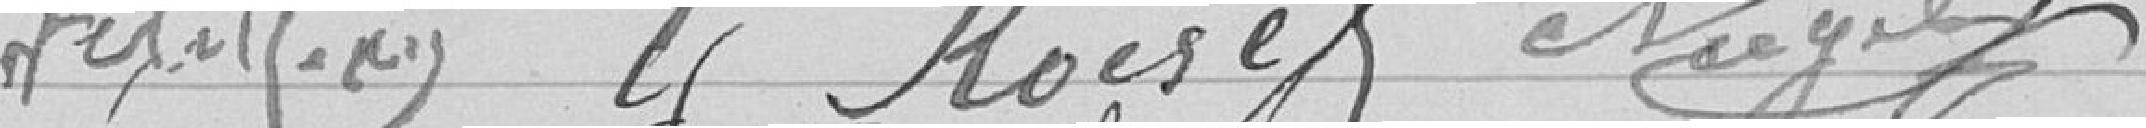
Roise